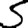
Digit: 5